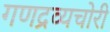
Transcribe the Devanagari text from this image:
गणद्रव्यचोरी